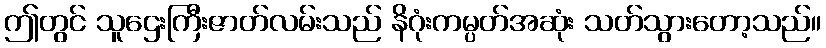
ဤတွင် သူဌေးကြီးဇာတ်လမ်းသည် နိဂုံးကမ္ပတ်အဆုံး သတ်သွားတော့သည်။